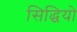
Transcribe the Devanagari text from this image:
सिद्धियो